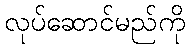
လုပ်ဆောင်မည်ကို